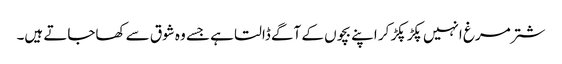
شتر مرغ انہیں پکڑ پکڑ کر اپنے بچوں کے آگے ڈالتا ہے جسے وہ شوق سے کھاجاتے ہیں۔